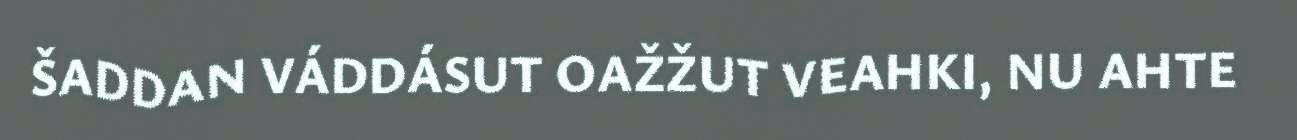
ŠADDAN VÁDDÁSUT OAŽŽUT VEAHKI, NU AHTE